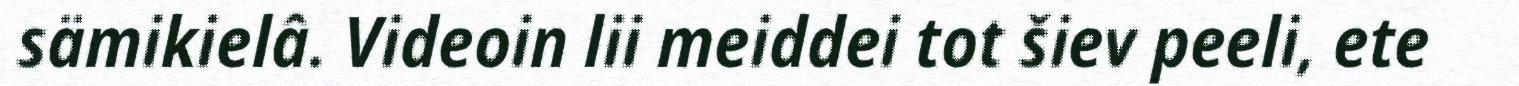
sämikielâ. Videoin lii meiddei tot šiev peeli, ete